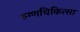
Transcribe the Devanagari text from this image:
रुग्णचिकित्सा